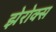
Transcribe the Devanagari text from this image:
झेरोक्स